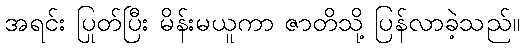
အရင်း ပြုတ်ပြီး မိန်းမယူကာ ဇာတိသို့ ပြန်လာခဲ့သည်။